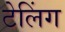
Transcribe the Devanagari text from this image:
टेलिंग